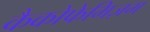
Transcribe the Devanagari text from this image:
कैकोफेमिज़म